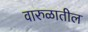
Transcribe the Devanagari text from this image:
वारुळातील